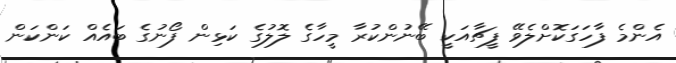
އެންމެ ފާހަގަކޮށްލެވޭ ފީޗާއަކީ ބޭނުންކުރާ މީހާގެ ލޮލުގެ ކަޅިން ފޯނުގެ ބައެއް ކަންކަން